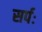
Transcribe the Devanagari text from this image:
सर्पः